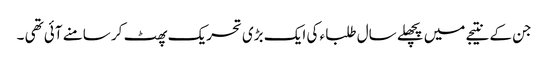
جن کے نتیجے میں پچھلے سال طلبا ء کی ایک بڑی تحریک پھٹ کر سامنے آئی تھی ۔